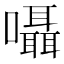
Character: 囁